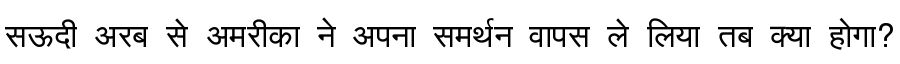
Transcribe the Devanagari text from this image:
सऊदी अरब से अमरीका ने अपना समर्थन वापस ले लिया तब क्या होगा?